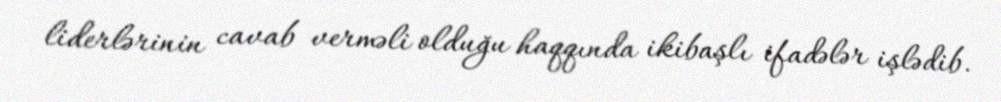
liderlərinin cavab verməli olduğu haqqında ikibaşlı ifadələr işlədib.